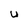
Character: U